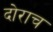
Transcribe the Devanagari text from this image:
दोराच